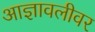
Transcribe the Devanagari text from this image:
आज्ञावलीवर